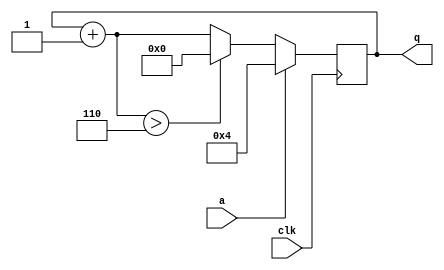
module top_module (
    input clk,
    input a,
    output [3:0] q );

    always @(posedge clk) begin
        q = q + 3'd1;
        
        if (q > 6)
            q = 3'd0;
        
        if (a == 1)
            q = 3'd4;
    end 
    
endmodule